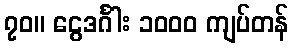
၇၀။ ငွေဒင်္ဂါး ၁၀၀၀ ကျပ်တန်